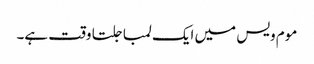
موم ویس میں ایک لمبا جلتا وقت ہے۔